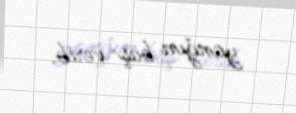
yanğın baş verib.